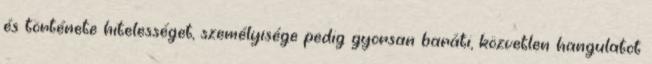
és története hitelességet, személyisége pedig gyorsan baráti, közvetlen hangulatot